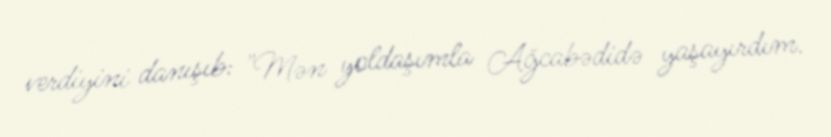
verdiyini danışıb: "Mən yoldaşımla Ağcabədidə yaşayırdım.